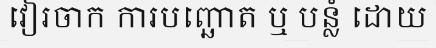
វៀរចាក ការបញ្ឆោត ឬ បន្លំ ដោយ